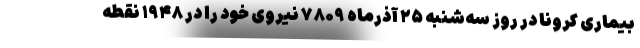
بیماری کرونا در روز سه‌شنبه ۲۵ آذرماه ۷۸۰۹ نیروی خود را در ۱۹۴۸ نقطه